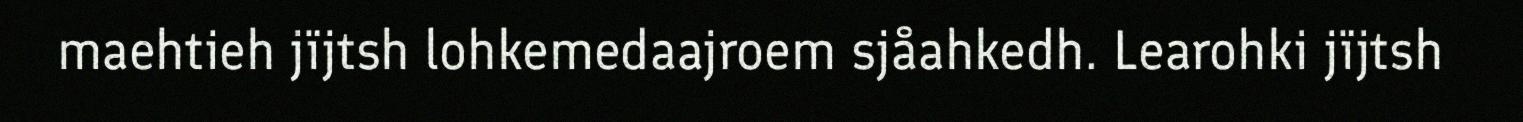
maehtieh jïjtsh lohkemedaajroem sjåahkedh. Learohki jïjtsh